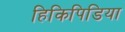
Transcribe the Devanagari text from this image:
हिकिपिडिया